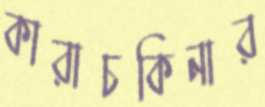
কারাচকিনার